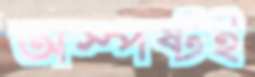
অস্পষ্টই